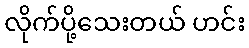
လိုက်ပို့သေးတယ် ဟင်း